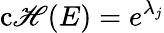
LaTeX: \operatorname{c\mathscr{H}}(E)=e^{\lambda_{j}}